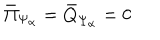
{ \bar { \Pi } } _ { \Psi _ { \alpha } } = { \bar { Q } } _ { \Psi _ { \alpha } } = 0